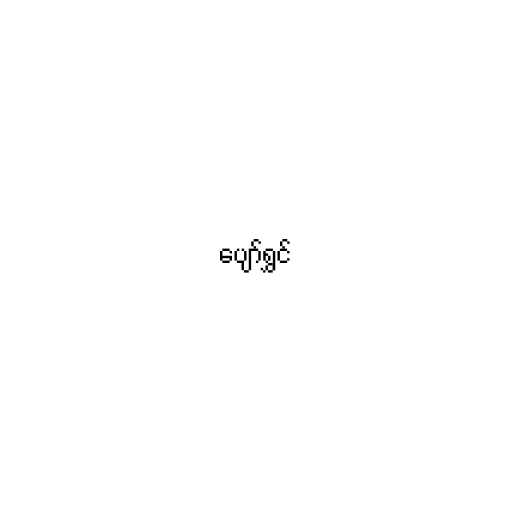
ပျော်ရွှင်